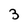
Character: 3